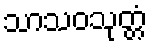
သာသဝသုတ္တံ